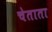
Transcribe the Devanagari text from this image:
चेताता